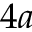
4 a